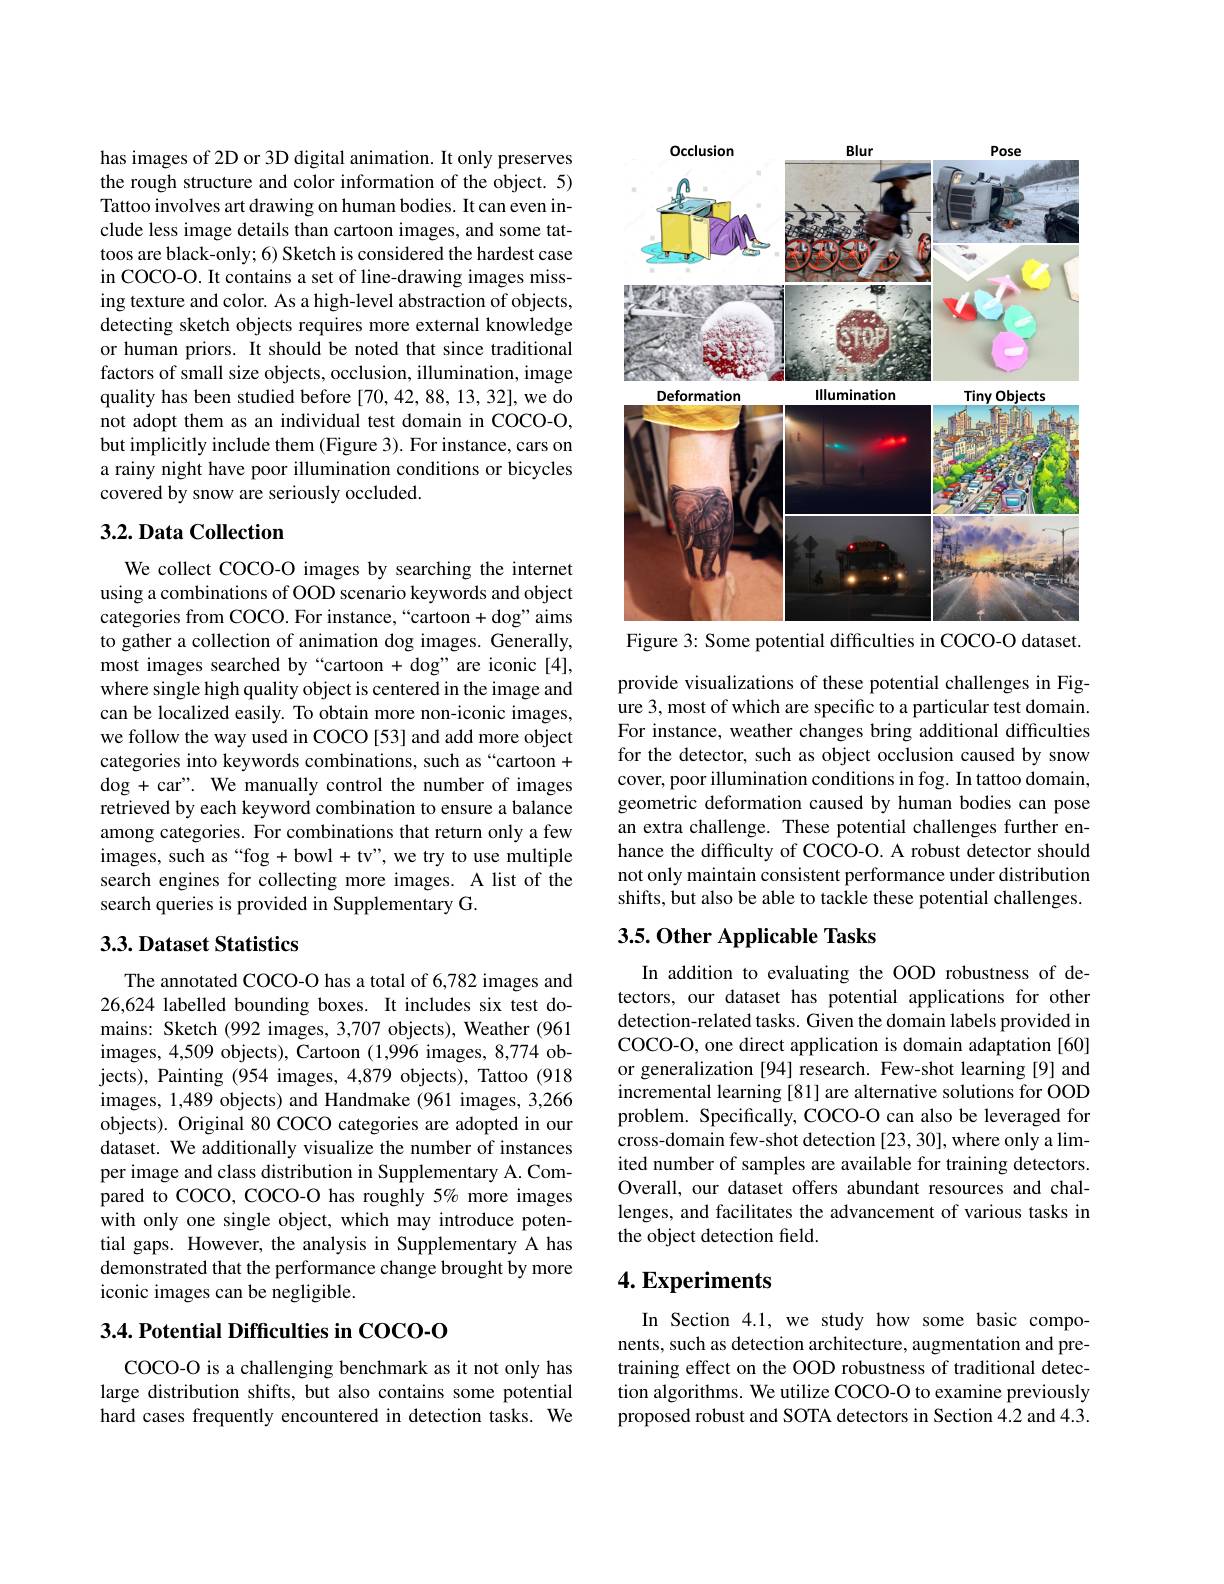
has images of 2D or 3D digital animation. It only preserves the rough structure and color information of the object. 5) Tattoo involves art drawing on human bodies. It can even include less image details than cartoon images, and some tattoos are black-only; 6) Sketch is considered the hardest case in COCO-O. It contains a set of line-drawing images missing texture and color. As a high-level abstraction of objects, detecting sketch objects requires more external knowledge or human priors. It should be noted that since traditional factors of small size objects, occlusion, illumination, image quality has been studied before [70,42,88,13,32], we do not adopt them as an individual test domain in COCO-O, but implicitly include them (Figure 3). For instance, cars on a rainy night have poor illumination conditions or bicycles covered by snow are seriously occluded.

## 3.2. Data Collection

We collect COCO-O images by searching the internet using a combinations of OOD scenario keywords and object categories from COCO. For instance,“cartoon+dog”aims to gather a collection of animation dog images. Generally, most images searched by“cartoon + dog”are iconic[4], where single high quality object is centered in the image and can be localized easily. To obtain more non-iconic images, we follow the way used in COCO [53] and add more object categories into keywords combinations, such as “cartoon + dog + car". We manually control the number of images retrieved by each keyword combination to ensure a balance among categories. For combinations that return only a few images, such as“fog +bowl tv”, we try to use multiple search engines for collecting more images. A list of the search queries is provided in Supplementary G.

## 3.3. Dataset Statistics

The annotated COCO-O has a total of 6,782 images and 26,624 labelled bounding boxes. It includes six test domains: Sketch (992 images, 3,707 objects), Weather (961 images, 4,509 objects), Cartoon (1,996 images, 8,774 objects), Painting (954 images, 4,879 objects), Tattoo (918 images, 1,489 objects) and Handmake (961 images, 3,266 objects). Original 80 COCO categories are adopted in our dataset. We additionally visualize the number of instances per image and class distribution in Supplementary A. Compared to COCO, COCO-O has roughly 5% more images with only one single object, which may introduce potential gaps. However, the analysis in Supplementary A has demonstrated that the performance change brought by more iconic images can be negligible.

### 3.4. Potential Difficulties in COCO-0

COCO-O is a challenging benchmark as it not only has large distribution shifts, but also contains some potential hard cases frequently encountered in detection tasks. We

<FigureHere>

Figure 3: Some potential difficulties in COCO-O dataset.

provide visualizations of these potential challenges in Figure 3, most of which are specific to a particular test domain. For instance, weather changes bring additional difficulties for the detector, such as object occlusion caused by snow cover, poor illumination conditions in fog. In tattoo domain, geometric deformation caused by human bodies can pose an extra challenge. These potential challenges further enhance the difficulty of COCO-O. A robust detector should not only maintain consistent performance under distribution shifts, but also be able to tackle these potential challenges.

## $3. 5. \textbf{Other Applicable Tasks}$

In addition to evaluating the OOD robustness of detectors, our dataset has potential applications for other detection-related tasks. Given the domain labels provided in COCO-O, one direct application is domain adaptation [60] or generalization [94] research. Few-shot learning [9] and incremental learning [81] are alternative solutions for OOD problem. Specifically, COCO-O can also be leveraged for cross-domain few-shot detection [23,30], where only a limited number of samples are available for training detectors. Overall, our dataset offers abundant resources and challenges, and facilitates the advancement of various tasks in the object detection field.

## $4. \textbf{Experiments}$

In Section 4.1, we study how some basic components, such as detection architecture, augmentation and pretraining effect on the OOD robustness of traditional detection algorithms. We utilize COCO-O to examine previously proposed robust and SOTA detectors in Section 4.2 and 4.3.